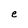
Character: e